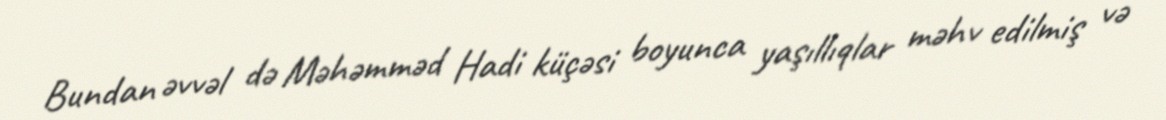
Bundan əvvəl də Məhəmməd Hadi küçəsi boyunca yaşıllıqlar məhv edilmiş və